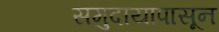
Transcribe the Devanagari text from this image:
समुदायापासून